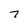
Character: 7